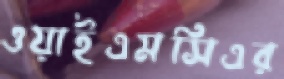
ওয়াইএমসিএর